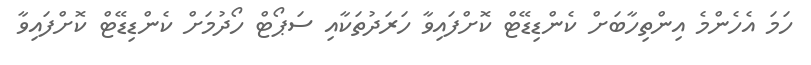
ހަމަ އެހެންމެ އިންތިހާބަށް ކެންޑިޑޭޓް ކޮށްފައިވާ ހަރަދުތަކާއި ސަޕޯޓް ހޯދުމަށް ކެންޑިޑޭޓް ކޮށްފައިވާ